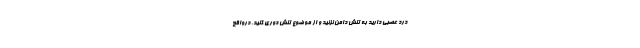
درد عصبی دارید به تنش دامن نزنید و از موضوع تنش دوری کنید. درواقع